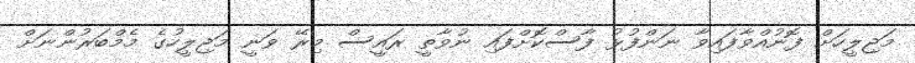
މަޖިލީހަށް ފޮނުއްވާފައިވާ ނަންފުޅު ފާސްކޮށްފައި ނުވާތީ ރައީސް މިރޭ ވަނީ މަޖިލީހުގެ މެމްބަރުންނަށް